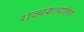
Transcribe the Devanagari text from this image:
राज्यकर्त्याला